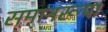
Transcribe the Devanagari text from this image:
समानरूपा